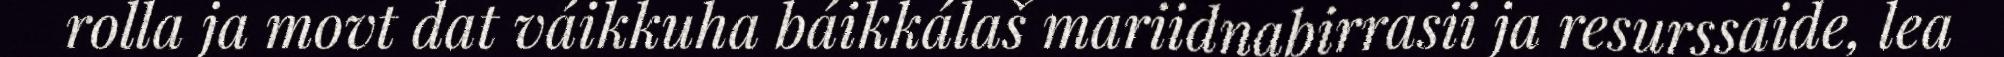
rolla ja movt dat váikkuha báikkálaš mariidnabirrasii ja resurssaide, lea